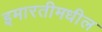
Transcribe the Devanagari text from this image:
इमारतीमधील